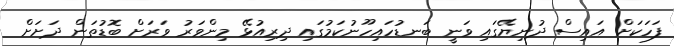
ފަހަކަށް އައިސް ދުނިޔޭގައި ވަނީ ބަނޑުހައިހޫނުކަމުގައި ދިރިއުޅޭ މިންވަރު ވަރަށް ބޮޑުތަން ދަށަށް